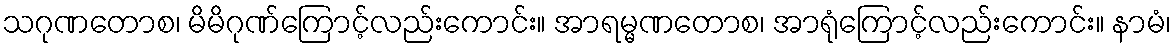
သဂုဏတောစ၊ မိမိဂုဏ်ကြောင့်လည်းကောင်း။ အာရမ္မဏတောစ၊ အာရုံကြောင့်လည်းကောင်း။ နာမံ၊